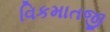
વિકમાતજી